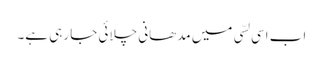
اب اسی لسّی میں مدھانی چلائی جا رہی ہے۔